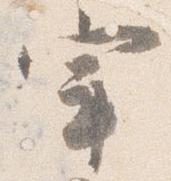
宰